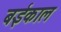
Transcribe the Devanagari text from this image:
बईकाल